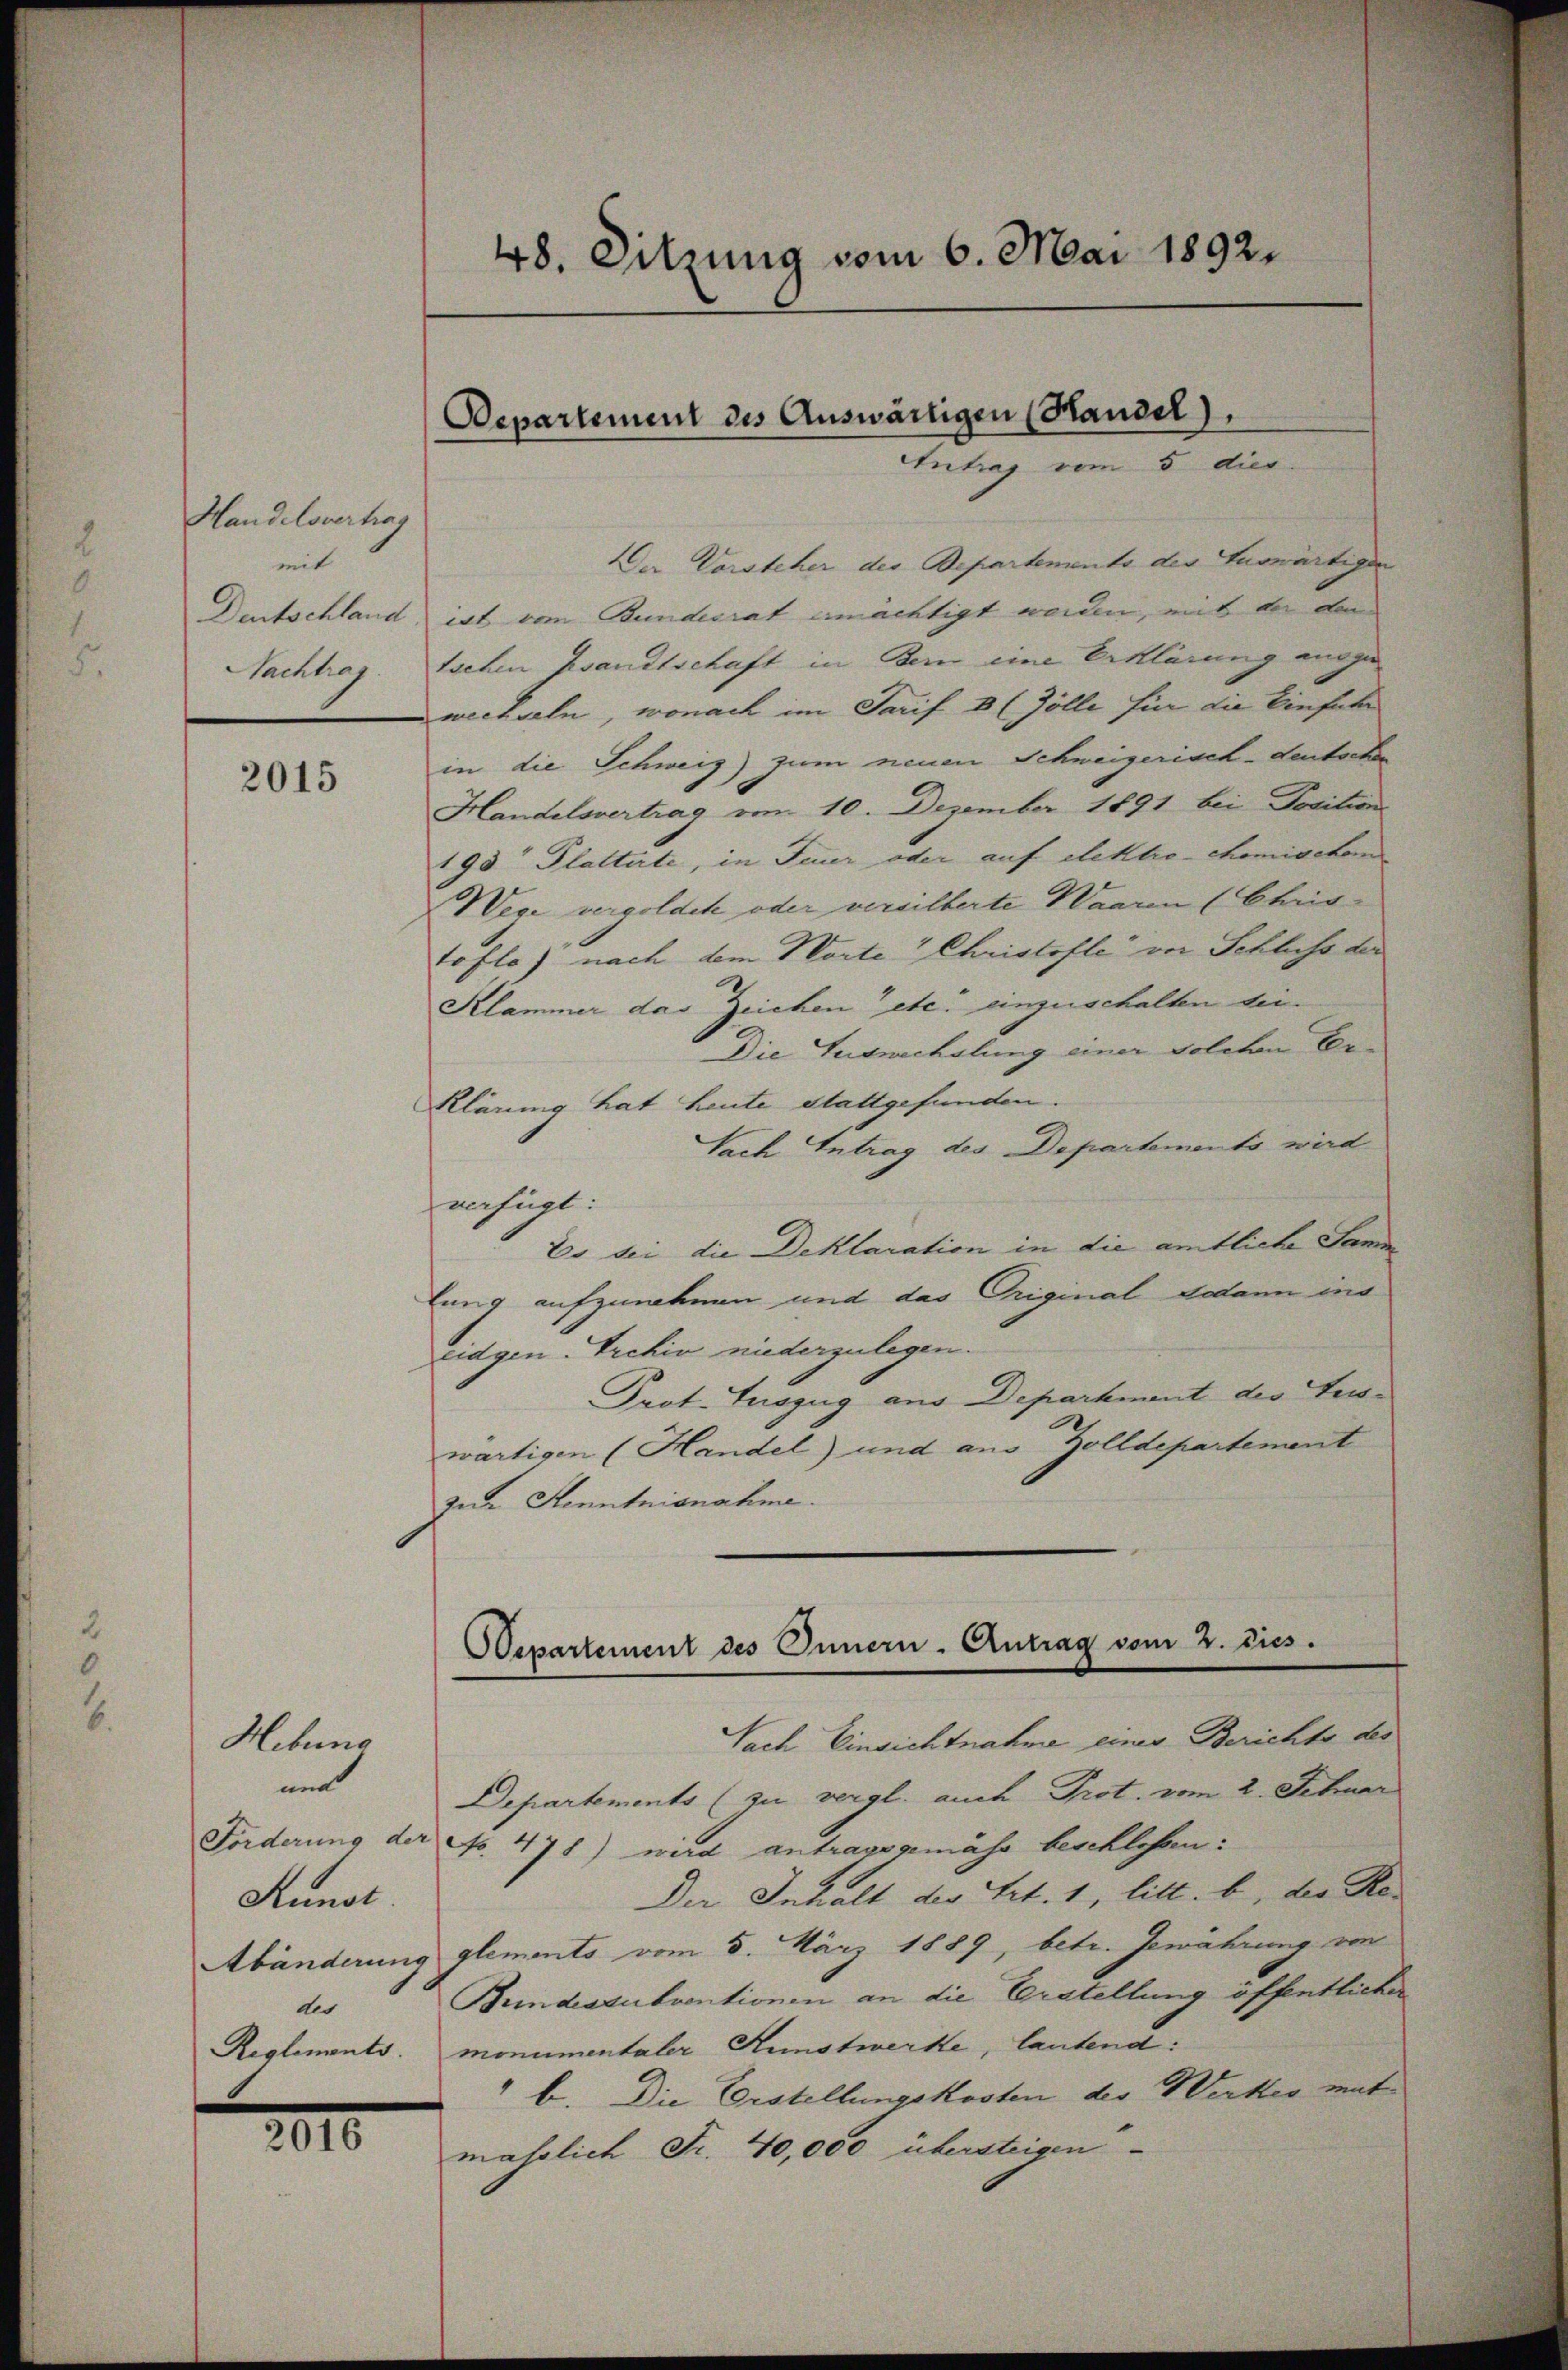
Handelsvertrag
mit
Dentschland
Nachlag

2015

Hebung
und
Forderung d.
Runot.
Abänderun
des
Reglements.

2010

48. Sitzung vom 6. Mai 1892.

Departement des Auswärtigen (Handel),
Antrag vom 5. dies

Der Vorsteher der Bepartements der Auswärtigen
iat vom Bundesrat ermächtigt werden, mit der di
tschen Gesandtschaft in Bern eine Erklärung angewechseln, wonach im Tarif 8 ( Zölle für die Einführ
in die Schweiz) zum neuen Schweizerisch-deutschen
Handelsvertrag vom 10. Dezember 1891 bei Dosition
195 Plattirte, in Feuer oder auf elektro chemischen
Wege vergoldet oder versilberte Waaren (Chris
toflo) nach dem Worte Christofle von Schluss der
Klammer das Zeichen etc. einzuschalten bei¬
Die Auswechslung einer solchen Er¬
Klärung hat heute stattgefunden.
Nach Antrag des Departements wird
verfügt:
Es bei die Deklaration in die amtliche Samm
lung aufzunehmen und das Original Addann ins
eidgen. Archiv niederzulegen.
Prot. Auszug aus Department der Tes-
wärtigen (Handel) und aus Zolldepartement
zur Kenntnisnahme.
Nach Einsichtnahme einer Berichte des
Departements (zu vergl. auch Prot. vom 2. Februar
 No. 478) wird antragsgemäss beschlossen:
Der Inhalt der Art. 1, litt. b, der Reg glements vom 5. März 1889, betr. Gewährung von
Bundessubventionen an die Erstellung öffentlicher
monumentaler Kunstwerke, lautend:
" b. Die Erstellungskosten der Werker mit
mährlich Fr. 40,000 übersteigen

Departement des Innern - Antrag vom 2. Dies